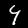
Digit: 4